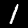
Digit: 1